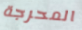
المحرجة